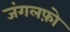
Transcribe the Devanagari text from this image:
जंगलफ़ो